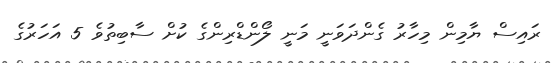
ރައިސް ޔާމިން މިހާރު ގެންދަވަނީ މަނީ ލޯންޑްރިންގެ ކުށް ސާބިތުވެ 5 އަހަރުގެ